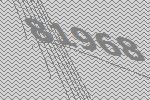
81968